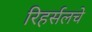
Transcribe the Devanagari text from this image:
रिहर्सलचे